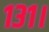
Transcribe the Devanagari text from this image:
१३१।